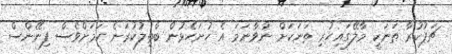
ޗަޕުކުރާ ތަނަކީ މާލޭގައިހުރި ތަނަކަށް ނުވާނަމަ އެ ހުށަހެޅުން ބާތިލުކުރަނެ ކަމަށްވެސް ފިނޭންސް